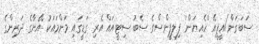
ސަބަގަން/އީޕީއޭ 'ހެއިޔަން' ފިލިޕީންސްގެ ސެބު ސިޓީއައް އެރި ގަޑީގައި މަންމައަކު އޭނާގެ ދަރިންގެ